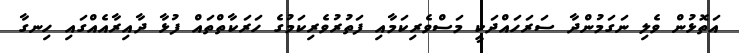
އަތޮޅުން ވެލި ނަގަމުންދާ ސަރަހައްދަކީ މަސްވެރިކަމާއި ފަތުރުވެރިކަމުގެ ހަރަކާތްތައް ފުޅާ ދާއިރާއެއްގައި ހިނގާ